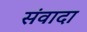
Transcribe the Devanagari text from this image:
संवादा